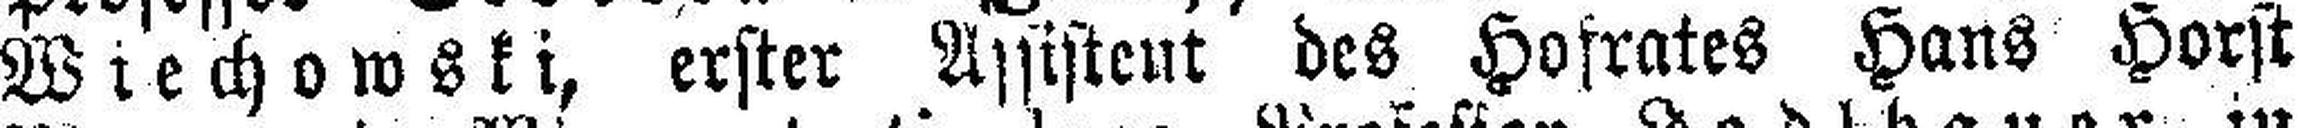
Wiechowski, erster Assisteut des Hosrates Hans Horst